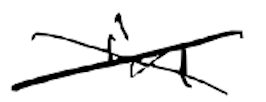
Text: in
Cross-out: cross
Writing tool: digital_black